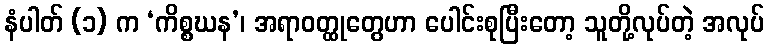
နံပါတ် (၁) က ‘ကိစ္စဃန’၊ အရာဝတ္ထုတွေဟာ ပေါင်းစုပြီးတော့ သူတို့လုပ်တဲ့ အလုပ်